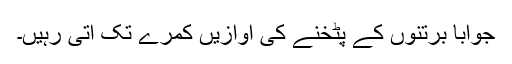
جواباً برتنوں کے پٹخنے کی آوازیں کمرے تک آتی رہیں۔